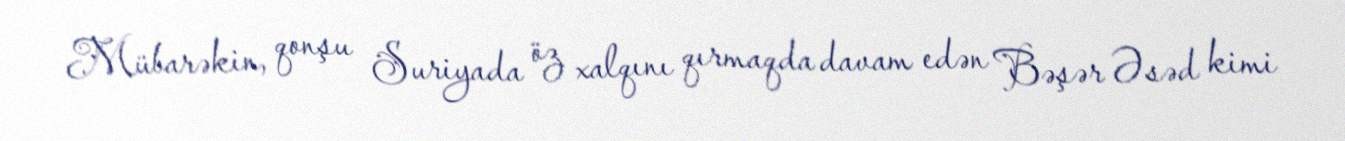
Mübarəkin, qonşu Suriyada öz xalqını qırmaqda davam edən Bəşər Əsəd kimi